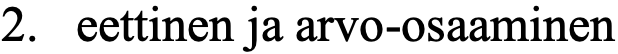
2. eettinen ja arvo-osaaminen